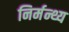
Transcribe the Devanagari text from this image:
निर्मन्थ्य